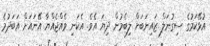
އުޅޭކަމުގެ ސިގުނަލް ޒައިނަބަށް ލިބެމުން ދިޔަ އެވެ. އެކަނި ވެއްޖެއްޔާ އޭނައަށް އަބަދުމެ